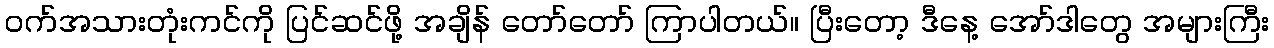
ဝက်အသားတုံးကင်ကို ပြင်ဆင်ဖို့ အချိန် တော်တော် ကြာပါတယ်။ ပြီးတော့ ဒီနေ့ အော်ဒါတွေ အများကြီး